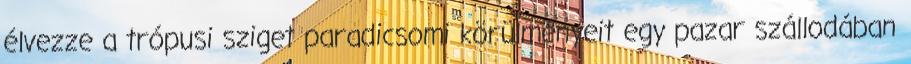
élvezze a trópusi sziget paradicsomi körülményeit egy pazar szállodában